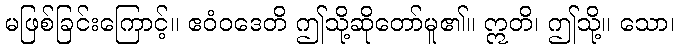
မဖြစ်ခြင်းကြောင့်။ ဧဝံဝဒေတိ ဤသို့ဆိုတော်မူ၏။ ဣတိ၊ ဤသို့။ သော၊